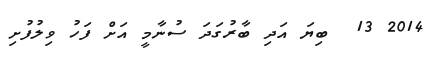
2014 13  ބިޔަ އަދި ބާރުގަދަ ސުނާމީ އަށް ފަހު ވިލުފުށި